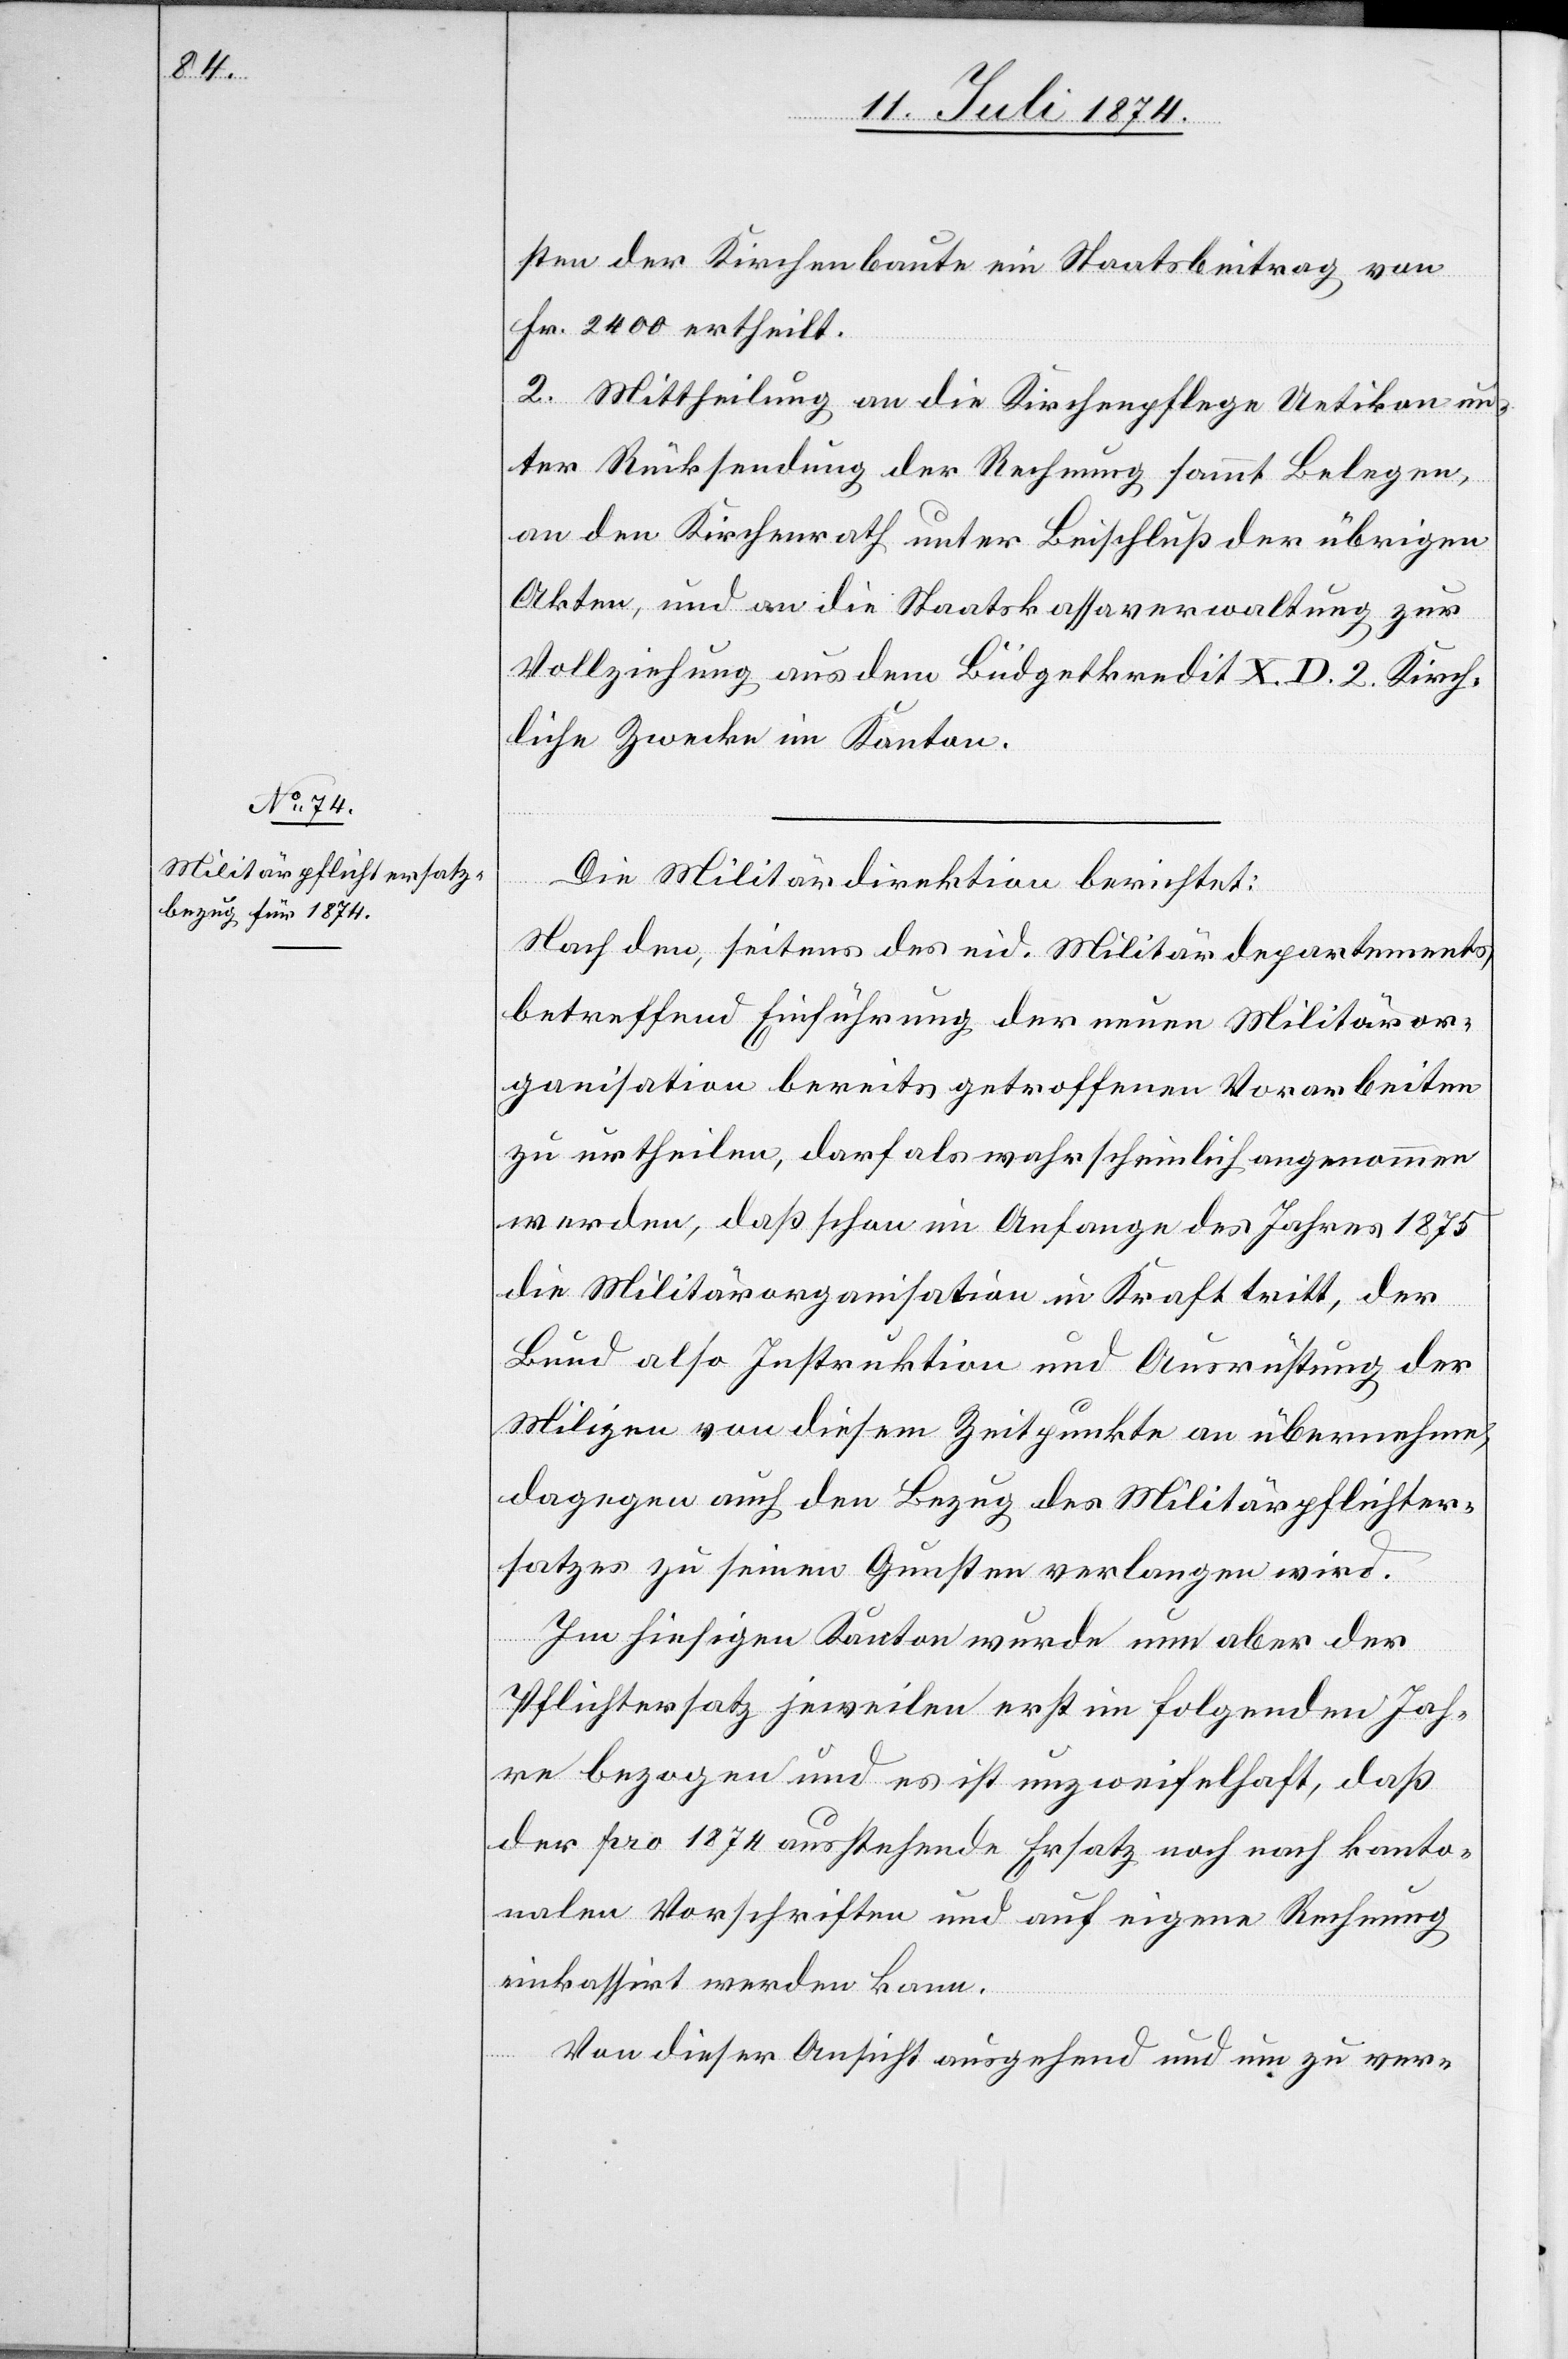
sten der Kirchenbaute ein Staatsbeitrag von
Fr. 2400 ertheilt.
2. Mittheilung an die Kirchenpflege Uetikon un¬
ter Rücksendung der Rechnung sammt Belegen,
an den Kirchenrath unter Beischluß der übrigen
Akten, und an die Staatskassaverwaltung zur
Vollziehung aus dem Büdgetkredit X. D. 2 Kirch¬
liche Zwecke im Kanton.
Die Militärdirektion berichtet:
Nach den, seitens des eid. Militärdepartements,
betreffend Einführung der neuen Militäror¬
ganisation bereits getroffenen Vorarbeiten
zu urtheilen, darf als wahrscheinlich angenommen
werden, daß schon im Anfange des Jahres 1875
die Militärorganisation in Kraft tritt, der
Bund also Instruktion und Ausrüstung der
Milizen von diesem Zeitpunkte an übernehme,
dagegen auch den Bezug des Militärpflichter¬
satzes zu seinen Gunsten verlangen wird.
Im hiesigen Kanton wurde nun aber der
Pflichtersatz jeweilen erst im folgenden Jah¬
re bezogen und es ist unzweifelhaft, daß
der pro 1874 ausstehende Ersatz noch nach kanto¬
nalen Vorschriften und auf eigene Rechnung
einkassirt werden kann.
Von dieser Ansicht ausgehend und um zu ver-